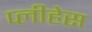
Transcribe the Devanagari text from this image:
प्लीहेस